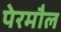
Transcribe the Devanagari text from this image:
पेरमौल